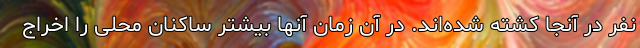
نفر در آنجا کشته شده‌اند. در آن زمان آنها بیشتر ساکنان محلی را اخراج